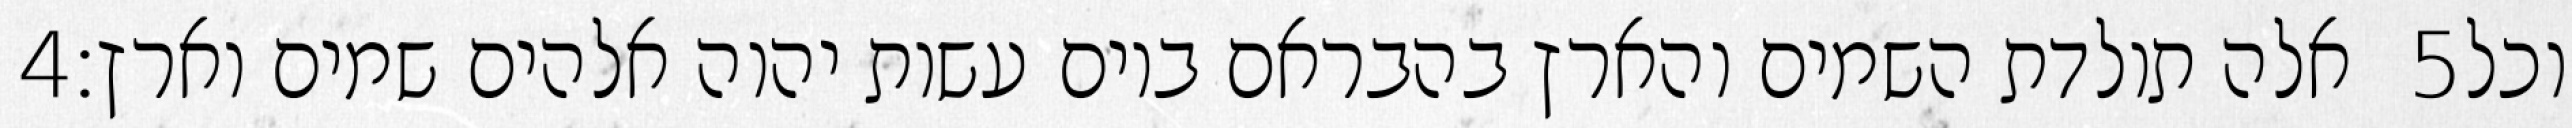
‎4‏ אלה תולדת השמים והארץ בהבראם ביום עשות יהוה אלהים שמים וארץ׃ ‎5‏ וכל